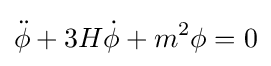
{\ddot {\phi }}+3H{\dot {\phi }}+m^{2}\phi =0